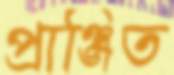
প্রাঞ্জিত